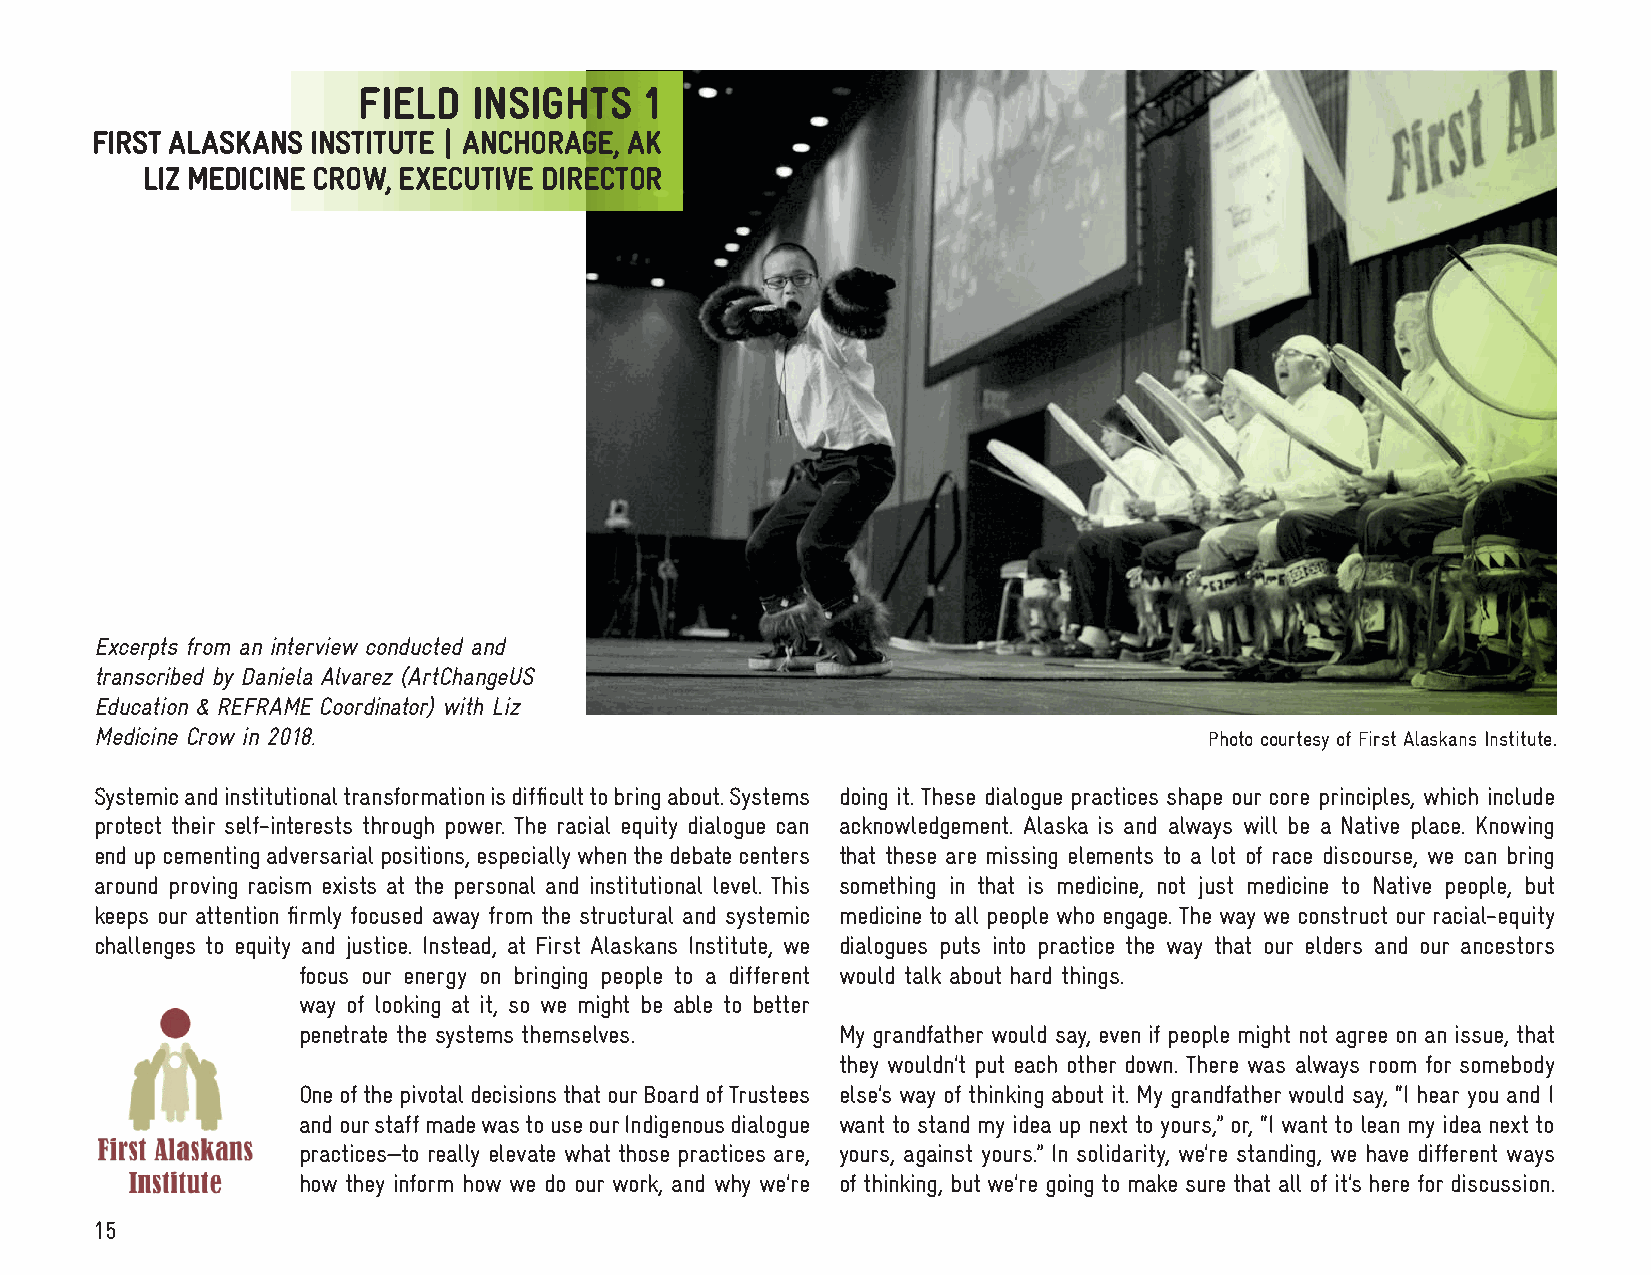
FIELD  INSIGHTS    1
 FIRST ALASKANS INSTITUTE | ANCHORAGE, AK
 LIZ MEDICINE CROW, EXECUTIVE DIRECTOR
 Excerpts from an interview conducted and
 transcribed by Daniela Alvarez (ArtChangeUS
 Education & REFRAME Coordinator) with Liz
 Medicine Crow in 2018.                                                    Photo courtesy of First Alaskans Institute.
 Systemic and institutional transformation is difficult to bring about. Systems doing it. These dialogue practices shape our core principles, which include
 protect their self-interests through power. The racial equity dialogue can acknowledgement. Alaska is and always will be a Native place. Knowing
 end up cementing adversarial positions, especially when the debate centers that these are missing elements to a lot of race discourse, we can bring
 around proving racism exists at the personal and institutional level. This something in that is medicine, not just medicine to Native people, but
 keeps our attention firmly focused away from the structural and systemic medicine to all people who engage. The way we construct our racial-equity
 challenges to equity and justice. Instead, at First Alaskans Institute, we dialogues puts into practice the way that our elders and our ancestors
 focus our energy on bringing people to a different would talk about hard things.
 way of looking at it, so we might be able to better
 penetrate the systems themselves.   My grandfather would say, even if people might not agree on an issue, that
 they wouldn’t put each other down. There was always room for somebody
 One of the pivotal decisions that our Board of Trustees else’s way of thinking about it. My grandfather would say, “I hear you and I
 and our staff made was to use our Indigenous dialogue want to stand my idea up next to yours,” or, “I want to lean my idea next to
 practices—to really elevate what those practices are, yours, against yours.” In solidarity, we’re standing, we have different ways
 how they inform how we do our work, and why we’re of thinking, but we’re going to make sure that all of it’s here for discussion.
 15